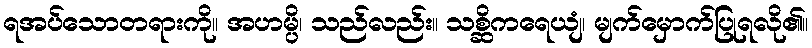
ရအပ်သောတရားကို။ အဟမ္ပိ၊ သည်လည်း။ သစ္ဆိကရေယျံ၊ မျက်မှောက်ပြုရလို၏။